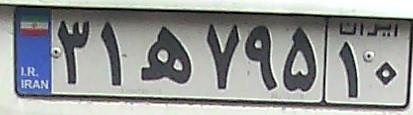
۳۱ه۷۹۵۱۰